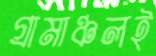
গ্রামাঞ্চলই